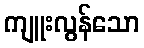
ကျူးလွန်သော